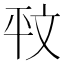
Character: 𭙁